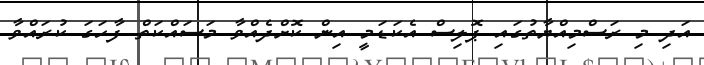
އަދި މި ރަސްމިއްޔާތުގައި ޕޮލިސް އެކަޑަމީ އިން ކޮށްދެއްވާ މަސައްކަތް ފާހަގަ ކުރައްވާ